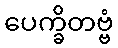
ပေက္ခိတဗ္ဗံ